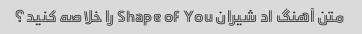
متن آهنگ اد شیران Shape of You را خلاصه کنید؟